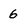
Character: 6